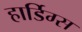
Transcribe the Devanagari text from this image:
हार्डिग्स